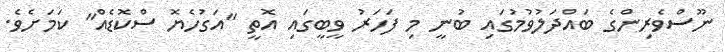
ނޫސްވެރިންގެ ބައްދަލުވުމުގައި ބުނީ މި ފަހަރު ވީބީގައި އޮތީ "އަގުހެޔޮ ސްކޮޑެއް" ކަމަށެވެ.